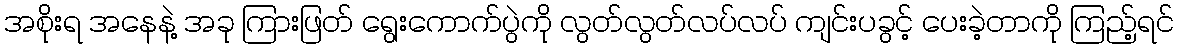
အစိုးရ အနေနဲ့ အခု ကြားဖြတ် ရွေးကောက်ပွဲကို လွတ်လွတ်လပ်လပ် ကျင်းပခွင့် ပေးခဲ့တာကို ကြည့်ရင်